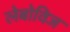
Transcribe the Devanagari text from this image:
लेबोविज